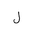
Letter: _lam